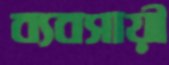
ব্যবসায়ী